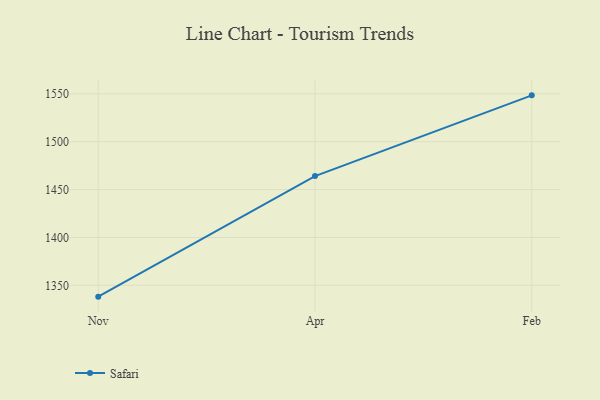
{"axis": {"x": "Month", "y": "Satisfaction Score"}, "legend": ["Safari"], "data": [{"x": "Nov", "y": 1338.2, "type": "Safari"}, {"x": "Apr", "y": 1464.1, "type": "Safari"}, {"x": "Feb", "y": 1548.4, "type": "Safari"}]}